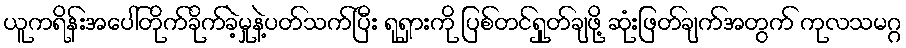
ယူကရိန်းအပေါ်တိုက်ခိုက်ခဲ့မှုနဲ့ပတ်သက်ပြီး ရုရှားကို ပြစ်တင်ရှုတ်ချဖို့ ဆုံးဖြတ်ချက်အတွက် ကုလသမဂ္ဂ